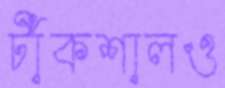
টাঁকশালও